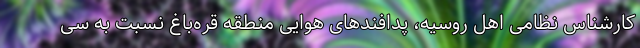
کارشناس نظامی اهل روسیه، پدافندهای هوایی منطقه قره‌باغ نسبت به سی